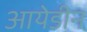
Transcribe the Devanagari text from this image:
आयेडीन